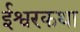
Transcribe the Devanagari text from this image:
ईश्वरकथा